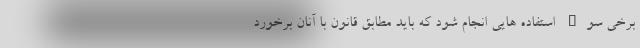
برخی سوء استفاده هایی انجام شود که باید مطابق قانون با آنان برخورد